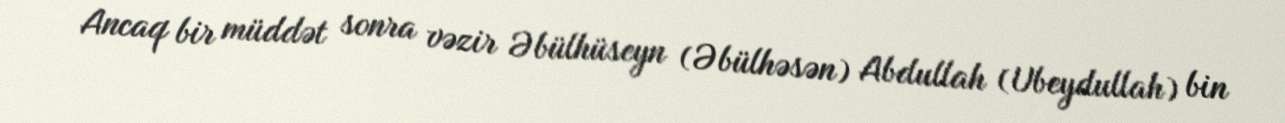
Ancaq bir müddət sonra vəzir Əbülhüseyn (Əbülhəsən) Abdullah (Ubeydullah) bin